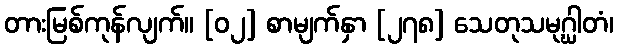
တားမြစ်ကုန်လျက်။ [၀၂] စာမျက်နှာ [၂၇၈] သေတုသမုဂ္ဃါတံ၊